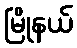
မြိုနယ်